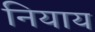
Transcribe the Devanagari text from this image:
नियाय